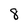
Character: 8